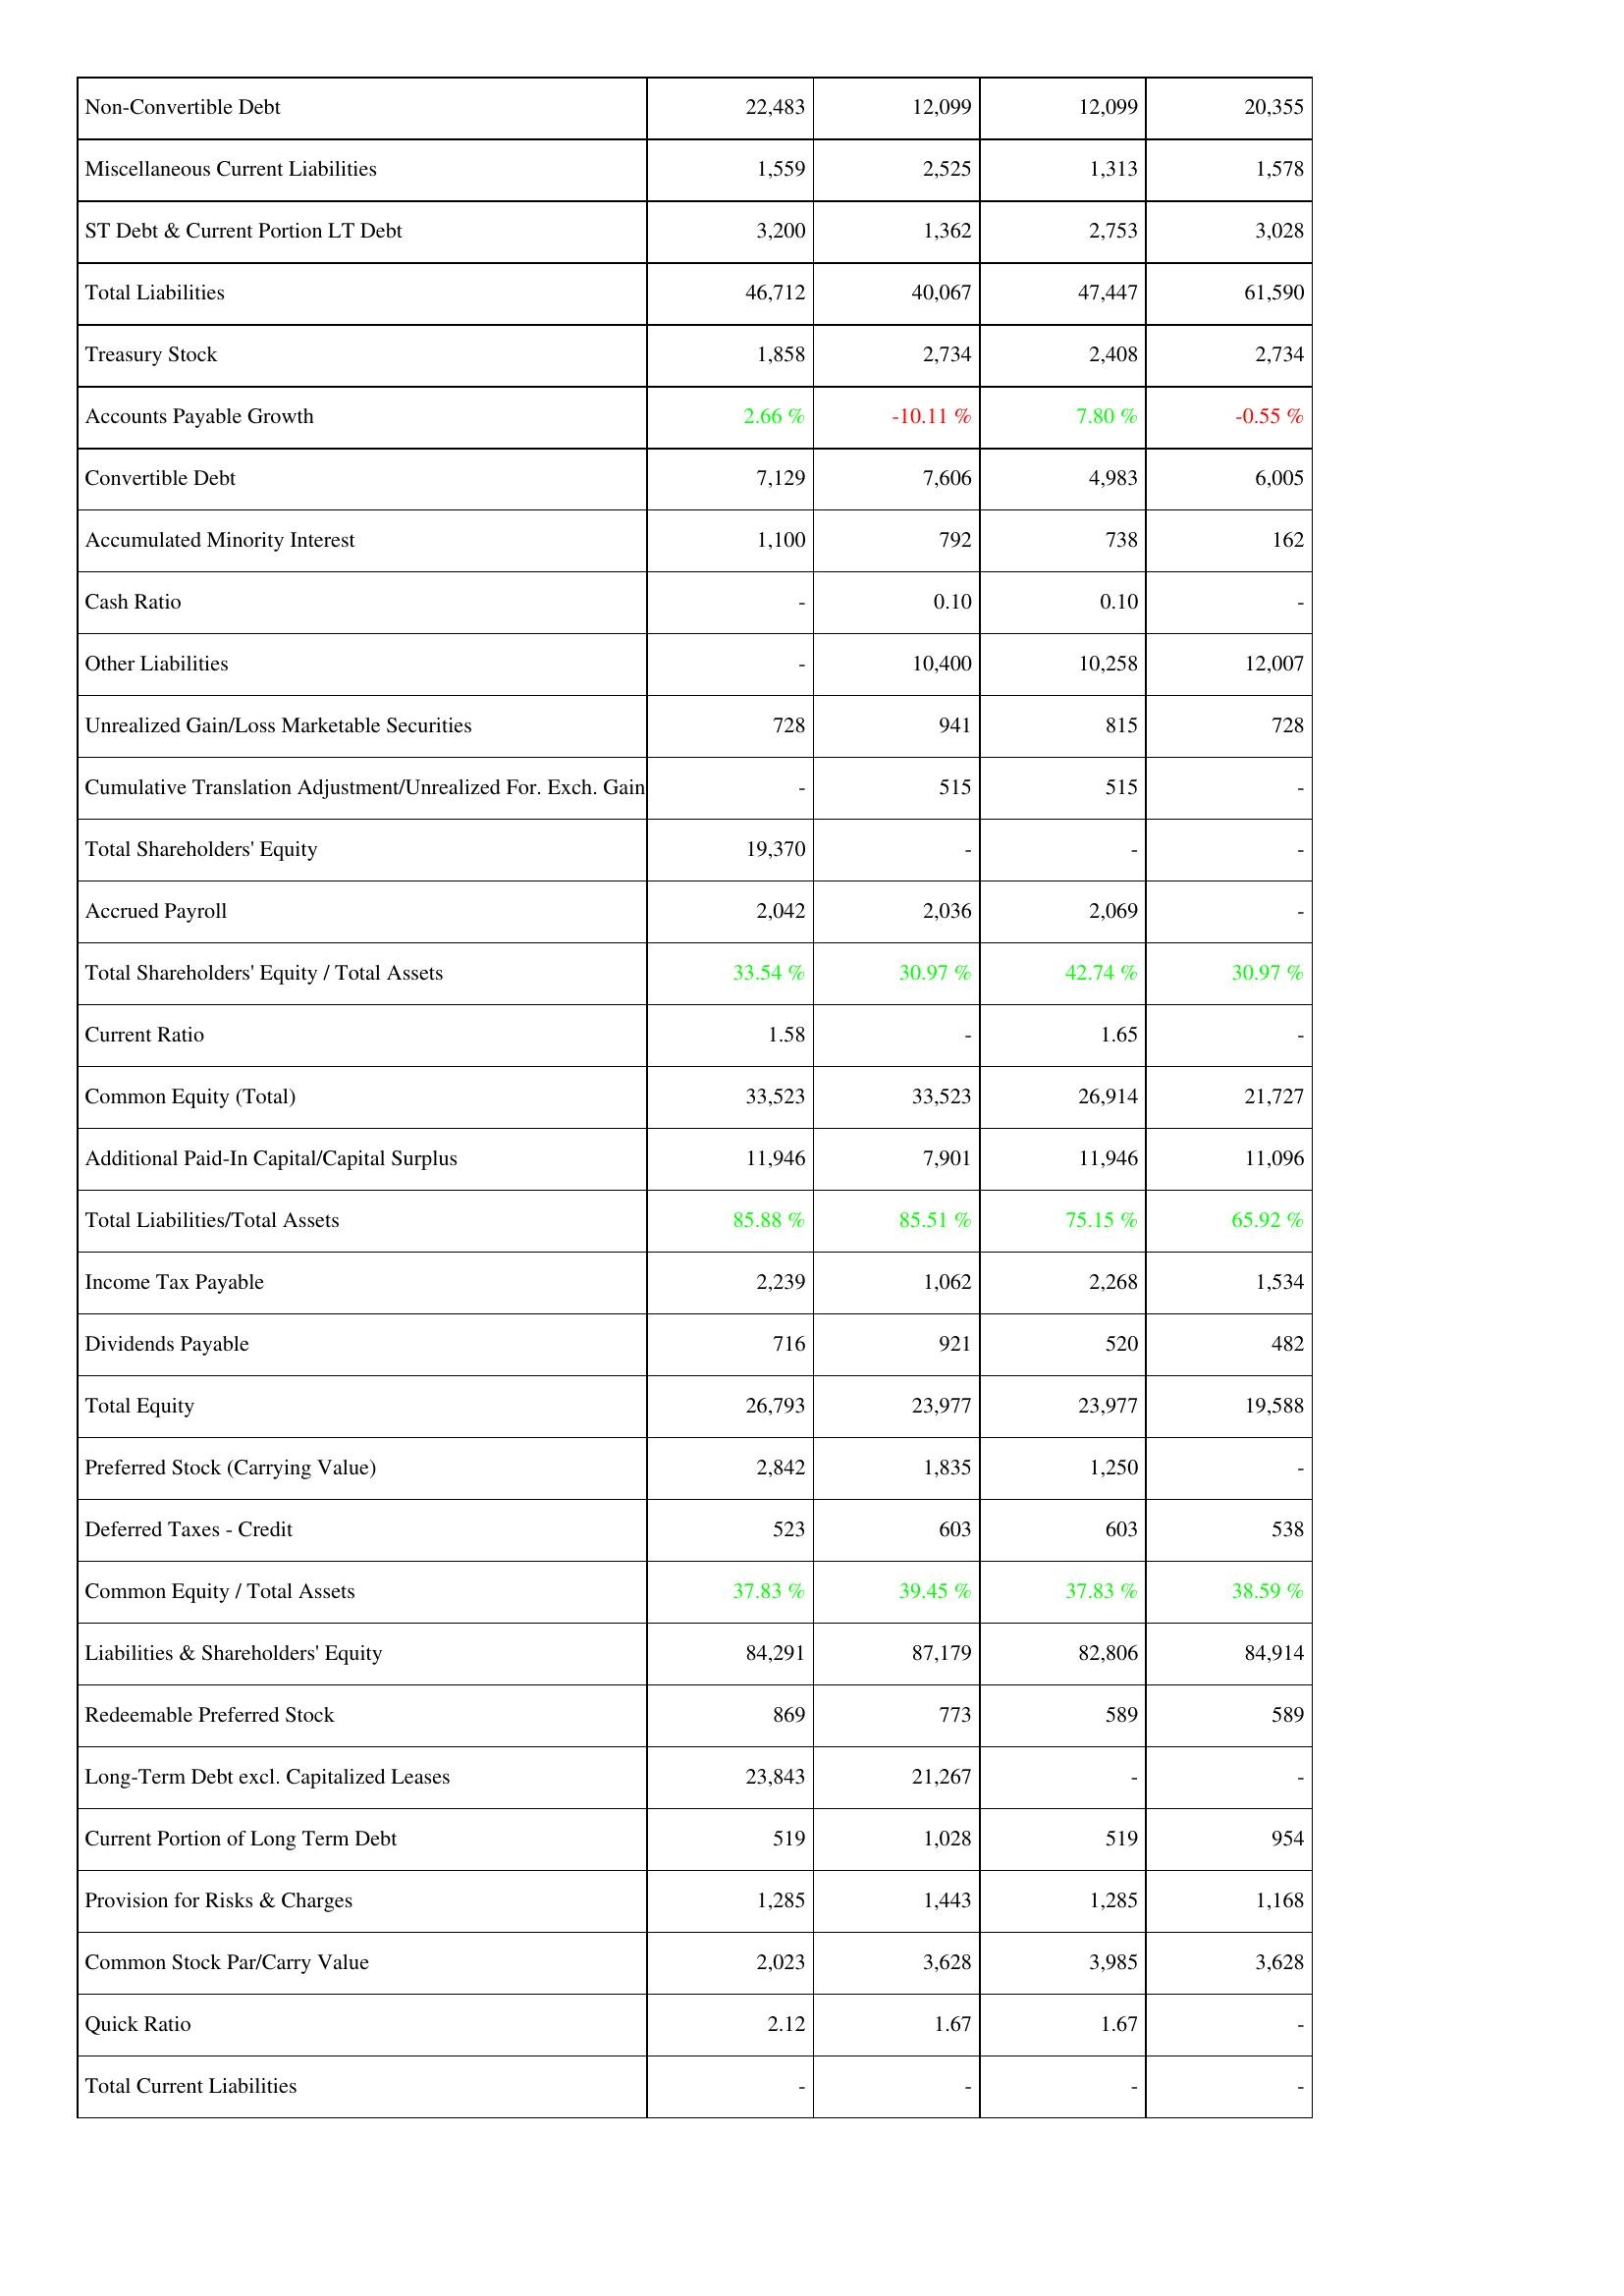
2009: Liabilities & Shareholders' Equity: Non-Convertible Debt: 22,483
Miscellaneous Current Liabilities: 1,559
ST Debt & Current Portion LT Debt: 3,200
Total Liabilities: 46,712
Treasury Stock: 1,858
Accounts Payable Growth: 2.66 %
Convertible Debt: 7,129
Accumulated Minority Interest: 1,100
Cash Ratio: -
Other Liabilities: -
Unrealized Gain/Loss Marketable Securities: 728
Cumulative Translation Adjustment/Unrealized For. Exch. Gain: -
Total Shareholders' Equity: 19,370
Accrued Payroll: 2,042
Total Shareholders' Equity / Total Assets: 33.54 %
Current Ratio: 1.58
Common Equity (Total): 33,523
Additional Paid-In Capital/Capital Surplus: 11,946
Total Liabilities/Total Assets: 85.88 %
Income Tax Payable: 2,239
Dividends Payable: 716
Total Equity: 26,793
Preferred Stock (Carrying Value): 2,842
Deferred Taxes - Credit: 523
Common Equity / Total Assets: 37.83 %
Liabilities & Shareholders' Equity: 84,291
Redeemable Preferred Stock: 869
Long-Term Debt excl. Capitalized Leases: 23,843
Current Portion of Long Term Debt: 519
Provision for Risks & Charges: 1,285
Common Stock Par/Carry Value: 2,023
Quick Ratio: 2.12
Total Current Liabilities: -
2008: Liabilities & Shareholders' Equity: Non-Convertible Debt: 12,099
Miscellaneous Current Liabilities: 2,525
ST Debt & Current Portion LT Debt: 1,362
Total Liabilities: 40,067
Treasury Stock: 2,734
Accounts Payable Growth: -10.11 %
Convertible Debt: 7,606
Accumulated Minority Interest: 792
Cash Ratio: 0.10
Other Liabilities: 10,400
Unrealized Gain/Loss Marketable Securities: 941
Cumulative Translation Adjustment/Unrealized For. Exch. Gain: 515
Total Shareholders' Equity: -
Accrued Payroll: 2,036
Total Shareholders' Equity / Total Assets: 30.97 %
Current Ratio: -
Common Equity (Total): 33,523
Additional Paid-In Capital/Capital Surplus: 7,901
Total Liabilities/Total Assets: 85.51 %
Income Tax Payable: 1,062
Dividends Payable: 921
Total Equity: 23,977
Preferred Stock (Carrying Value): 1,835
Deferred Taxes - Credit: 603
Common Equity / Total Assets: 39.45 %
Liabilities & Shareholders' Equity: 87,179
Redeemable Preferred Stock: 773
Long-Term Debt excl. Capitalized Leases: 21,267
Current Portion of Long Term Debt: 1,028
Provision for Risks & Charges: 1,443
Common Stock Par/Carry Value: 3,628
Quick Ratio: 1.67
Total Current Liabilities: -
2007: Liabilities & Shareholders' Equity: Non-Convertible Debt: 12,099
Miscellaneous Current Liabilities: 1,313
ST Debt & Current Portion LT Debt: 2,753
Total Liabilities: 47,447
Treasury Stock: 2,408
Accounts Payable Growth: 7.80 %
Convertible Debt: 4,983
Accumulated Minority Interest: 738
Cash Ratio: 0.10
Other Liabilities: 10,258
Unrealized Gain/Loss Marketable Securities: 815
Cumulative Translation Adjustment/Unrealized For. Exch. Gain: 515
Total Shareholders' Equity: -
Accrued Payroll: 2,069
Total Shareholders' Equity / Total Assets: 42.74 %
Current Ratio: 1.65
Common Equity (Total): 26,914
Additional Paid-In Capital/Capital Surplus: 11,946
Total Liabilities/Total Assets: 75.15 %
Income Tax Payable: 2,268
Dividends Payable: 520
Total Equity: 23,977
Preferred Stock (Carrying Value): 1,250
Deferred Taxes - Credit: 603
Common Equity / Total Assets: 37.83 %
Liabilities & Shareholders' Equity: 82,806
Redeemable Preferred Stock: 589
Long-Term Debt excl. Capitalized Leases: -
Current Portion of Long Term Debt: 519
Provision for Risks & Charges: 1,285
Common Stock Par/Carry Value: 3,985
Quick Ratio: 1.67
Total Current Liabilities: -
2006: Liabilities & Shareholders' Equity: Non-Convertible Debt: 20,355
Miscellaneous Current Liabilities: 1,578
ST Debt & Current Portion LT Debt: 3,028
Total Liabilities: 61,590
Treasury Stock: 2,734
Accounts Payable Growth: -0.55 %
Convertible Debt: 6,005
Accumulated Minority Interest: 162
Cash Ratio: -
Other Liabilities: 12,007
Unrealized Gain/Loss Marketable Securities: 728
Cumulative Translation Adjustment/Unrealized For. Exch. Gain: -
Total Shareholders' Equity: -
Accrued Payroll: -
Total Shareholders' Equity / Total Assets: 30.97 %
Current Ratio: -
Common Equity (Total): 21,727
Additional Paid-In Capital/Capital Surplus: 11,096
Total Liabilities/Total Assets: 65.92 %
Income Tax Payable: 1,534
Dividends Payable: 482
Total Equity: 19,588
Preferred Stock (Carrying Value): -
Deferred Taxes - Credit: 538
Common Equity / Total Assets: 38.59 %
Liabilities & Shareholders' Equity: 84,914
Redeemable Preferred Stock: 589
Long-Term Debt excl. Capitalized Leases: -
Current Portion of Long Term Debt: 954
Provision for Risks & Charges: 1,168
Common Stock Par/Carry Value: 3,628
Quick Ratio: -
Total Current Liabilities: -